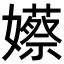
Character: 𡣮